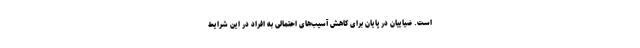
است. ضیاییان در پایان برای کاهش آسیب‌های احتمالی به افراد در این شرایط